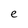
Character: e